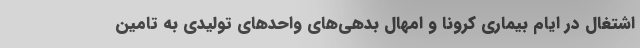
اشتغال در ایام بیماری کرونا و امهال بدهی‌های واحدهای تولیدی به تامین